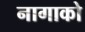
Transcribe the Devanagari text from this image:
नागाको